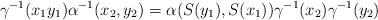
LaTeX: \begin{align*}\gamma^{-1}(x_1y_1)\alpha^{-1}(x_2,y_2) = \alpha(S(y_1),S(x_1))\gamma^{-1}(x_2)\gamma^{-1}(y_2)\end{align*}